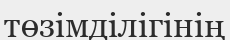
төзімділігінің